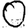
Digit: 0